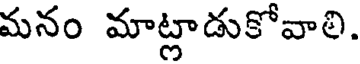
మనం మాట్లాడుకోవాలి.